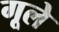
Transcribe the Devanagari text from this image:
गूले